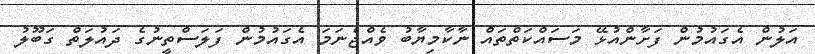
އަލުން އެގައުމުން ފަށާންއުޅޭ މަސައްކަތްތައް ނާކާމިޔާބު ވެއްޖެނަމަ އެގައުމުން ފަލަސްތީނުގެ ދައުލަތް ގަބޫލު